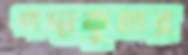
পদ্মকুমার